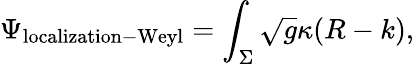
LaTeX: \Psi_{\mathrm{localization-Weyl}}=\int_{\Sigma}\sqrt{g}\kappa(R-k),